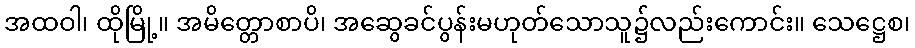
အထဝါ၊ ထိုမြို့။ အမိတ္တောစာပိ၊ အဆွေခင်ပွန်းမဟုတ်သောသူ၌လည်းကောင်း။ သေဋ္ဌေစ၊